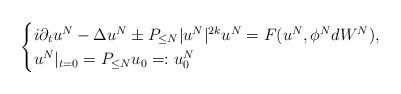
LaTeX: \begin{align*}\begin{cases}i\partial_t u^N - \Delta u^N \pm P_{\leq N} |u^N|^{2k}u^N = F(u^N,\phi^N dW^N),\\u^N|_{t=0} = P_{\le N} u_0=: u_0^N\end{cases}\end{align*}